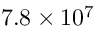
7 . 8 \times 1 0 ^ { 7 }